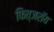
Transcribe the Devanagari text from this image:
फित्जरॉय